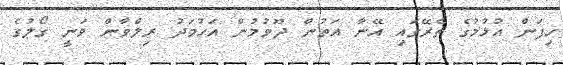
ހިފަން އުޅުމުގެ ތެރޭގައި އޭނާ އަތުން ދޫވުމުން އަހުމަދު ރިލްވާން ވަނީ ގޯލުގެ